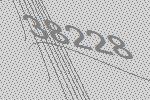
38228